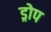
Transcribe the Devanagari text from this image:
ड्रोप